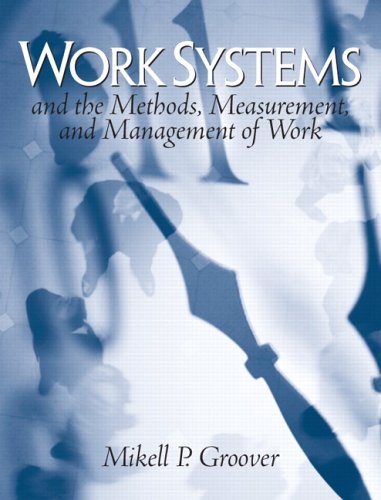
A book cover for Work Systems: The Methods, Measurement & Management of Work; Mikell P. Groover; Science & Math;